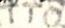
TTO